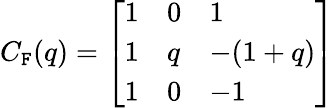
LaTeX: C_{\mathtt{F}}(q)=\left[\begin{array}{lll}{{1}}&{{0}}&{{1}}\\ {{1}}&{{q}}&{{-(1+q)}}\\ {{1}}&{{0}}&{{-1}}\end{array}\right]